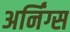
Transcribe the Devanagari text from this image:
अर्निंग्स